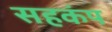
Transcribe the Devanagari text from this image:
सहकंप